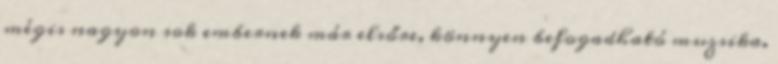
mégis nagyon sok embernek már elsőre, könnyen befogadható muzsika.